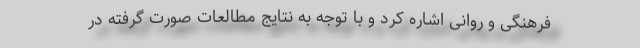
فرهنگی و روانی اشاره کرد و با توجه به نتایج مطالعات صورت گرفته در